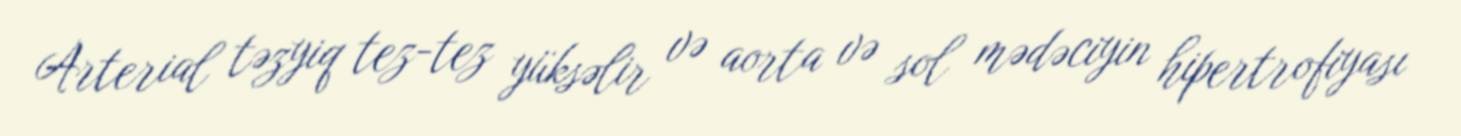
Arterial təzyiq tez-tez yüksəlir və aorta və sol mədəciyin hipertrofiyası